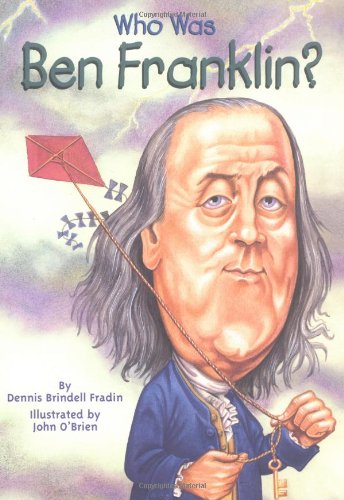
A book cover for Who Was Ben Franklin?; Dennis Brindell Fradin; Children's Books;